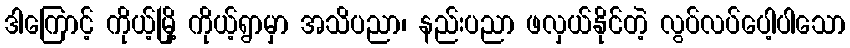
ဒါကြောင့် ကိုယ့်မြို့ ကိုယ့်ရွာမှာ အသိပညာ၊ နည်းပညာ ဖလှယ်နိုင်တဲ့ လွပ်လပ်ပေါ့ပါသော